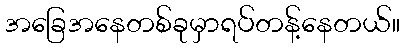
အခြေအနေတစ်ခုမှာရပ်တန့်နေတယ်။